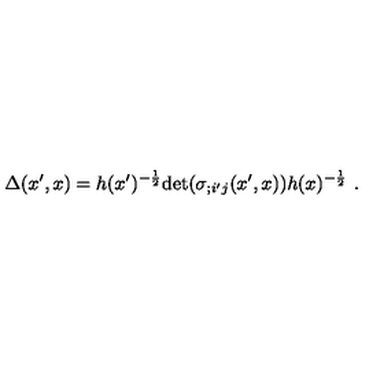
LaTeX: \Delta ( x ^ { \prime } , x ) = h ( x ^ { \prime } ) ^ { - \frac { 1 } { 2 } } \mathrm { d e t } ( \sigma _ { ; i ^ { \prime } j } ( x ^ { \prime } , x ) ) h ( x ) ^ { - \frac { 1 } { 2 } } \ .